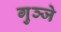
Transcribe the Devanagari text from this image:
गुञ्जे